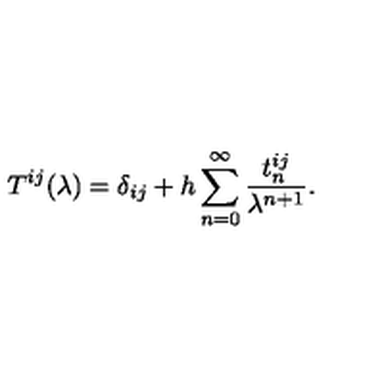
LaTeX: T ^ { i j } ( \lambda ) = \delta _ { i j } + h \sum _ { n = 0 } ^ { \infty } { \frac { t _ { n } ^ { i j } } { \lambda ^ { n + 1 } } } .